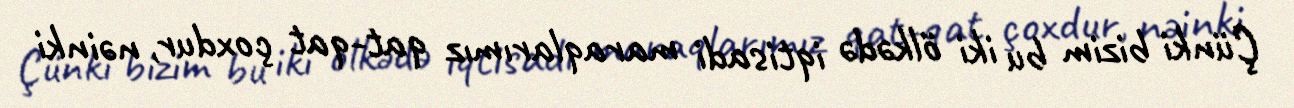
Çünki bizim bu iki ölkədə iqtisadi maraqlarımız qat-qat çoxdur, nəinki